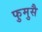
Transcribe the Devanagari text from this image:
फुमुसै